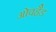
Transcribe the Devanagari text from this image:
ओवहैड